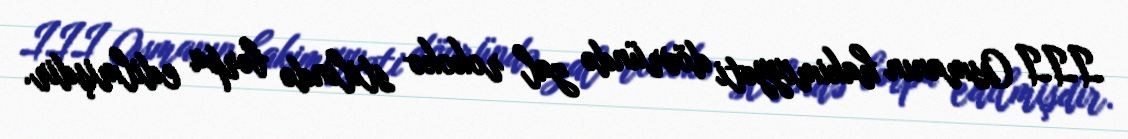
III Osmanın hakimiyyəti dövründə zal rokoko stilində bərpa edilmişdir.